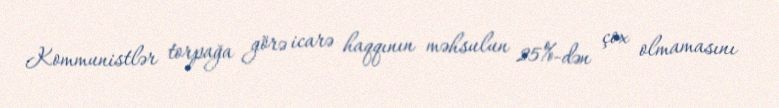
Kommunistlər torpağa görə icarə haqqının məhsulun 25%-dən çox olmamasını